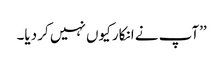
’’آپ نے انکار کیوں نہیں کر دیا۔